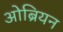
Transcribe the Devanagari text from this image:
ओब्रियन